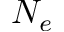
N _ { e }